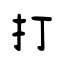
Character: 打